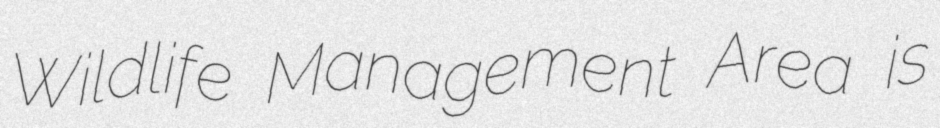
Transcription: Wildlife Management Area is